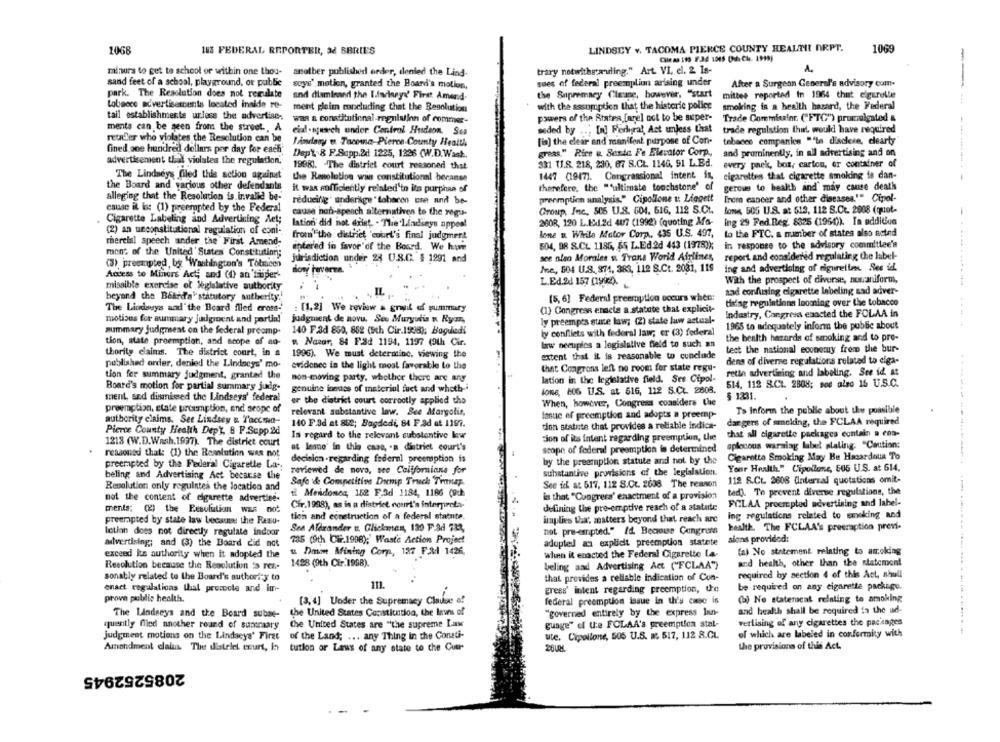
1068
163 FEDERAL REPORTER, 32 SBRIES
LINDSEY v. TACOMA PIERCE COUNTY HEALTH! NRPT.
1069
Chiesa 199 9.34 1015 (dha Cir. 1999)
A.
minurs to get to school of within one thou-
smother published order, denied the Lind-
trary notwithstanding." Art. VI, el. 2 Is-
sand feet of a school, playground, or public
soys' motion, granted the Board's motion,
sues of federal preemplion arising under
After a Surgeon General's advisory com.
park. The Resolution does not regulate
and dlamissed the Lindseyd' First Amend-
the Supremacy Cleane, however, "start
mittee reported In 1964 that elgurelle
tobacco advertisements located inside re-
ment pleim concluding that the Resolution
with the assumption that the historic police
smoking is a health hasard, the Federal
tail establishments ur.less the advertise;
was a constitutional-regulation of commer-
powers of the Atates [arel not to be super-
Trade Commission (FTC") promulgated &
ments can be seen from the street ., A
eid !- syusch under Control Hudson. Sen
seded by ..; In] Federal, Act unless that
trade regulation that would have required
reuter who violates the Resolution can be
Håndany u Tacoma-Pierce County Health
[is] the clear and manifent purpose of Con-
tobacco companies ""le disclese, clearty
fined one hundred dollars por day for each
Dept. 8 F.Sapp.2d 1225, 1226 (W.D.Wask
greas," Rice u. Sesta Fe Elevator Corp .,
and prominently, in all advertising and on
advertisement thal violates the regulation,
331 TJ.8. 218, 230, 67 S.CL. 1146, 91 L.Bd.
every pnek, boz, carton, or container of
1998). The district court reasoned that
The Lindseys Gled this action against
the Resolution was constitutional beranse
1447 (1947). Congressional intent in,
cigarettes that cigarette smoking is dan-
----------
the Board and various other defendants
it was sufficiently related'to its purphan of
therefere, the "ultimate touchstone' of
gerous to health and may cause death
alleging that the Resolution is invalid be-
redueinig underage " tobaren use and be-
preemptich analysis." Cipollone u Liagett
frem cancer and other diseases."" Cipol-
cause il ist (1) preempted by the Federal
cause non-speach alternativen to the regu-
Group, Inc ., 505 U.S. 604. 616, 112 S.Ct.
lone 505 U.S. at 513, 112 S.C .. 2008 (quot-
Cigarette Labeling and Advertising det;
2608, 120 L.Ex1.2d 407 (1992) (quoting Ma-
ing 29 Fed Reg. 8325 (1950)). In addition
(2) an unconstitutional regulation of coni-
Iation did not exist. - "The'Lindsays appeal
from the district court's final judgment
lone n. While Motor Corp ., 435 U.S. 497,
to the FTC. a member of states also acted
thereisl speech under the First Amend-
604, 98 8.CL 1185, 65 L.Ed.2d 443 (1978));
in response to the advisory committee's
ment of the United' States Constitution;
entered in favor of the Board. We hm
Jurisdiction under 28 U.S.C. $ 1991 and
see also Morales u. Trans World Airlines,
report and considered regulating the label-
(3) preenpted, by Washington's Tolmcen
Mne, 504 U.S. 874, 383, 112 S.Ct. 2081, 119
ing and advertising of rigureitm. See id.
Access to Minors Act; and (4) an 'super-
sony haverze.
L.Ed.2d 157 (1992).
With the prospect of diverse, nonuniform,
missible exercise of legislative authority
IL.
zad confusing cigarette labeling and adver-
beyond the Bekrd'a" statutory autherity.
(5, 6] Federal preemption occurs when:
tising regulations looming over the tobacco
The Lindesyss and'the Board flied cross-
: [1.2] We review & gruit of summary
(1) Congress enacte a statute that explicit-
motions for summary judginent and partial
judgment de novu. See Muryudis n Ryan,
ly preempes suite law; (2) state law actual-
Industry, Congress enacted the FOLAA in
1965 to adequately inform the public about
summary judgment on the federal preemp-
140 F.3d 850, 852 (5ch Cir.1938); Bogdledi
ly conflicts with federal law; er (3) federal
tion, state preemption, and scope of an-
" Nazar, 84 F.Sd 1194, 1197 (9th Cir.
the health hazards of smoking and to pre-
law necuples a legislative field to such an
tect the national economy from the bur-
thority claims. The district court, in a
1996). We must determine, viewing the
extent that it is reasonable to conclude
published order, denied the Lindseys' mo-
dens of diverse regulations related to eiga-
evidence in the light most favorable to the
that Congrons left no room for state regu-
rette advertising and labeling. See id. At
tion fer summary judgment, granted the
non-moving party, whether there are any
lation in the legislative field. Ses Cipol-
514. 112 S.C .. 2808; sod also 16 U.S.C.
Board's motion for partial summary judg-
genuine issues of material feet and wheth-i
lone, 806 U.S. at 516, 112 S.CL. 2808.
ment, snd dismissed the Lindseys' federal
er the district court correctly applied tho
$ 1231.
preemption, state preemption, and scope of
When, however, Congress considers Che
relevant substantive low. See Margolis,
lasue ef preemption and adopts a preemp-
To Inform the public about the possible
authority claims. See Lindsey & Taccma-
140 F.3d at Ste; Bagdedi, 84 F.ad at 1197.
dangers of smoking, the FCLAA required
Pierce County Health Dept, 8 F.Supp.2d
dion statute that provides a reliable indica-
Is regard to the relevant substantive lew
tion of its intent regarding preemption, the
that all cigarette packages contain a con-
1218 (W.D.Wash.1997). The district court
aplecous warning label plating. "Caution:
reasoned that: (1) the Resolution was not
at lesuo" in this case, . a district court's
scope of federal preemption is determined
decision -regarding federal preemption is
by the preemption statute and not by the
Cigarette Smoking May Be Hazardous To
preempted by the Federal Cigarette La-
Your Health." Cipollone, 505 U.S. at 614,
beling and Advertising Act because the
reviewed de novo, see Californians for
substantive provisions of the legislation.
Safe & Competitive Dump Truck Tinap.
See idk at 517, 112 S.C .. 2638 The reason
112 S.CL 3608 (internal quotations omit-
Revolution only regulates the location and
not the content of cigarette advertise-
€ Mendonca, 152 F.3d 1184, 1186 (9ch
is that "Congress' enactment of a provision
ted). To prevent diverse regulations, the
Cir.1998), as is a district court's interpreta-
FCLAA proempted advertising and label-
ments: (2) the Resolution was not
defining the pre-emptive reach of a statute
tion and construction of a federal statute.
implies tha, matters beyond that reach arc
ing regulations related to smoking and
preempted by state law because the Resu-
health. The FCLAA's preeraption previ-
lotion does not directly regulate indoor
Sea Alexander u. Glickmen, 130 F.Ad 783,
not pre-empted." Id. Because Cangroma
735 (9th Cif.1998);' Waste Action Project
adopted an explicit preemption statete
sions provided:
advertising; and (3) the Board did not
exceed its authority when it adopted the
u Dimon Mining Corp, 127 F&: 1426.
when it enacted the Federal Cigarette la-
(a) No statement relating to amoking
1428 (9th Cir.1998).
and health, other than the statement
Resolution because the Resolution 's ret-
beling and Advertising Act ("FCLAA")
sonably related to the Board's authority to
that provides a reliable indication of Con-
required by section 4 of this Act. shull
be required on any cigarette package.
enact regulations that promote and im-
gress' intent regarding preemption, te
prove public health.
[3, 4] Under the Supremacy Clause e!
federal preemption issue in th's cmec is
(b) No statemeat relating to amoking
The Lindeeys and the Board subse-
the United States Constitution, the laws of
"governed entirely by the express lan-
and health shall be required is the ud-
the United States are "the supreme Law
guage" of U:e FCLAA's preemption stal-
vertising of any cigarettes the packages
quently filled another round of summary
judgment motions on the Lindseys' First
of the Land; ... any Thing in the Conati-
ute. Cipollone, 505 U.S. a. 517, 112 8.CL
of which are labeled in conformity with
the provisions of this Act.
Amendment dlaias. The distelel court, in
tution or Laws of any state to the Cuer
2085252945